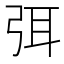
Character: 弭